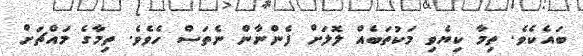
ބައެކެވެ. ތިމާ ކިޔެވި މަކުތަބެއް ލޮލަށް ފެންނާން ނެތަސް ހެވެވެ. ތިމާގެ މައްޗަށް